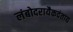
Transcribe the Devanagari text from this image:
लंबोदरायैकदंताय